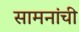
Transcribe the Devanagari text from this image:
सामनांची